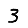
Digit: 3